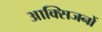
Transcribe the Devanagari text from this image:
आक्सिजनों